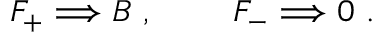
F _ { + } \Longrightarrow B \ , \qquad \ F _ { - } \Longrightarrow 0 \ .